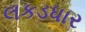
લકડધાર